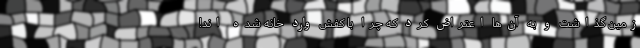
زمین گذاشت و به آن‌ها اعتراض کرد که چرا با کفش وارد خانه شده اند!